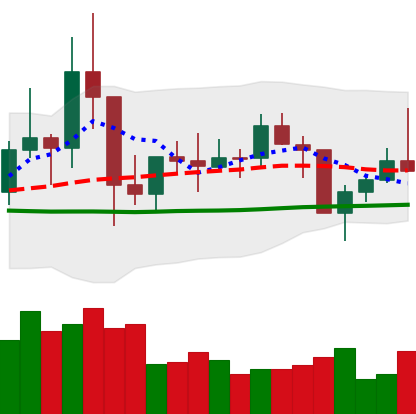
Ticker: TRX-USD
Chart end date: 2021-01-25
Forward return: 8.356%
Label: up_7plus